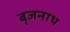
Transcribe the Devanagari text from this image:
बृजनाथ